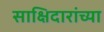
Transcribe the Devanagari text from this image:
साक्षिदारांच्या